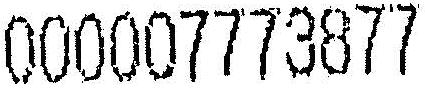
000007773877